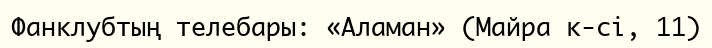
Фанклубтың телебары: «Аламан» (Майра к-сі, 11)